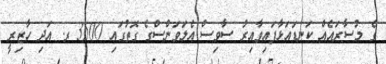
ގެ މުސާރައެއް ކަނޑައަޅާފައިވާއިރު ސާވިސް އެލަވަންސްގެ ގޮތުގައި 3500 ރ. އަދި ހާޒިރީ